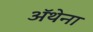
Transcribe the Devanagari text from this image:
ॲथेना